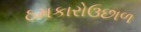
ઠમકારોઉછાળ